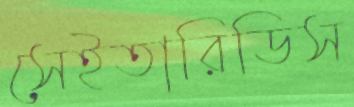
সেইতারিডিস